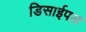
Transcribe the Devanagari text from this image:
डिसाईपल